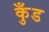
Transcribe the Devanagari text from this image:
कुँड